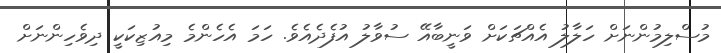
މުސްލިމުންނަށް ހަލާލު އެއްޗަކަށް ވަނީބާއޭ ސުވާލު އުފެދެއެވެ. ހަމަ އެހެންމެ މިއުޒިކަކީ ދިވެހިންނަށް